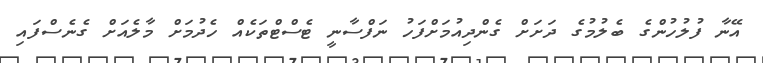
އޭނާ ފުލުހުންގެ ބެލުމުގެ ދަށަށް ގެންދިއުމަށްފަހު ނަފްސާނީ ޓެސްޓްތަކެއް ހެދުމަށް މާލެއަށް ގެނެސްފައި